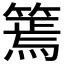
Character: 篶